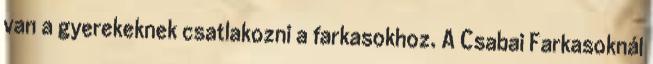
van a gyerekeknek csatlakozni a farkasokhoz. A Csabai Farkasoknál